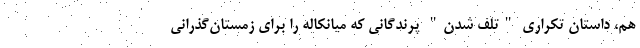
هم، داستان تکراری "تلف شدن" پرندگانی که میانکاله را برای زمستان‌گذرانی